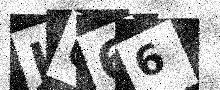
Text: JU66